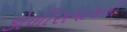
કોળીસમાજની